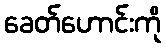
ခေတ်ဟောင်းကို